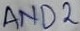
Text: AND2